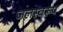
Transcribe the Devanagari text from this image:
जलस्वरूप